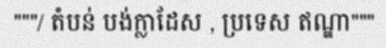
"""/ តំបន់ បង់ក្លាដែស , ប្រទេស ឥណ្ឌា"""